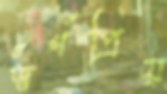
স্বর্ণপ্রিয়